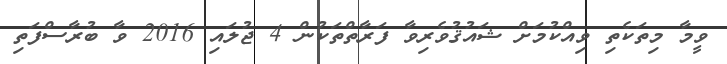
ވީމާ މިތަކެތި ވިއްކުމަށް ޝައުޤުވެރިވާ ފަރާތްތަކުން 4 ޖުލައި 2016 ވާ ބުރާސްފަތި